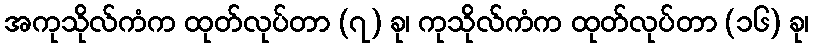
အကုသိုလ်ကံက ထုတ်လုပ်တာ (၇) ခု၊ ကုသိုလ်ကံက ထုတ်လုပ်တာ (၁၆) ခု၊